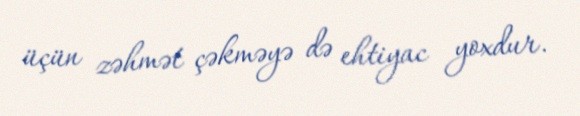
üçün zəhmət çəkməyə də ehtiyac yoxdur.